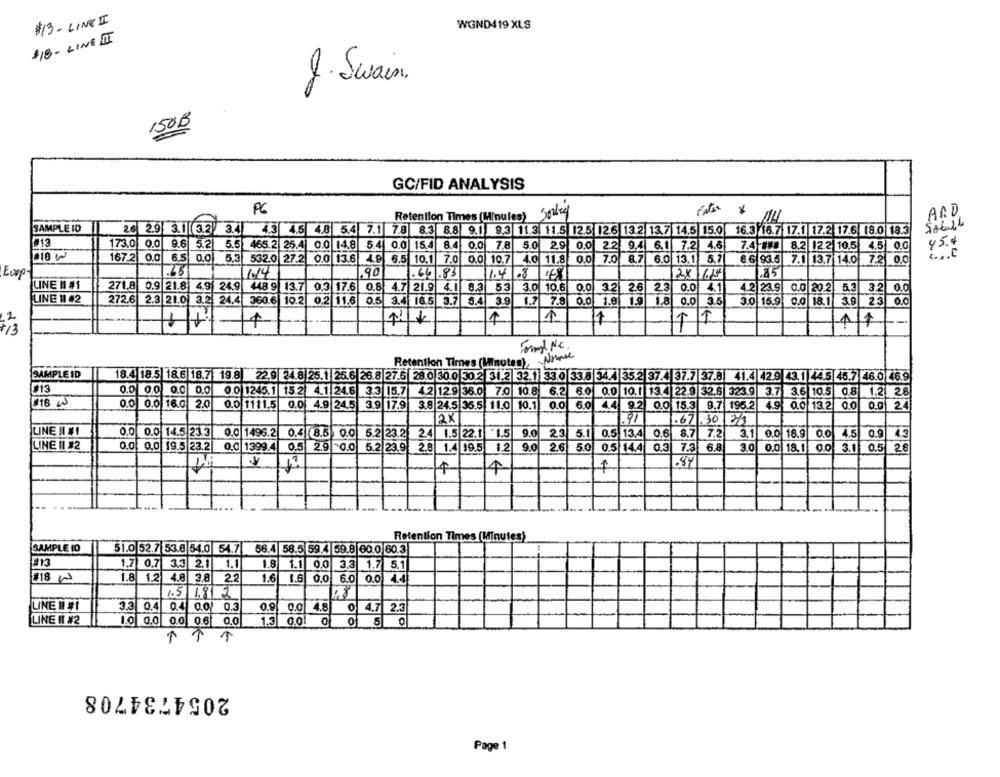
#13- LINE I
WGND419 XLS
$18- LINE II
2. Swain.
150B
GC/FID ANALYSIS
PG
Retention Times (Minules)
AND
SAMPLE ID
26 2.9 3.1 3.2
3.4
4.3 4.5 4.8 5.4 7.1 7.8 8.3 8.8 9.1 9.3 11.3. 11.5 12.5 |2.6 13.2 13.7 14.5 15.0 16.3 16.7 17.1|17.2 17.6 18.0 18.3
1ª13
173.0 0.0
9.6 5.2
5.5 465.2 25.4 0.0 14.8
5.4 0.0
154
8.4 0.0 7.8 5.0
2,9 0.0 22 9.4 6.1 7.2 4.6
7.4 ### 8.2 122 10.5 4.5 0.0
45.4
#10 W
". . . C
167.2 0.0
6.5
0.0
5.3
532.0 27.2 0.0 13.6 4.9 6.5 10.1
7.0
0.0 10.7
4.0 11.8 0.0 7.0 8.7 6.0 13.1 5.7
8.6 93.5 7.1 13.7 14.0 7.2 0.0
1.4/8 6
.85
Eurp-
90 .66.83
2X 1627
LINE B #1
271.8 0.9 21.8 4.9 24.9
448 9 13.7
0.3 17.6
0.8
4.7 21.9
4.1
8.3
53
3.0 10.6
0.0
3.2
2.6
2.3 0.0
4.1
4.2 23.9
0.0 20.2
5.3
3.2 0.0
LINE 11 #2
272.6 2.3 21.0 3.2 24.4
360.6 10.2 0.2 11.6
0.5
3.4
16.5 3.7
3.9
1.7
7.9
0.0 1.9
1.9
1.8
0.0
3.5
3.0 15.9 0.0 18.1
3.9
23 0.0
1
11
11
-
11
1
1/1
Formal Ne.
Retention Times (Minutes), Arme
SAMPLE ID
18.4 18.5 18.6 18.7 19.8 22.9 24.8 25.1 25.6 26.8 27.5 28.0 30.0 30.2 31.2 32.1 33.0 33.8 34.4 35.2 37.4 37.7 37.8. 41.4 42.9 43.1 44.5 45.7 46.0 46.9
#13
0.0 00
0.0 0.0
0.0 1245.1 15.2 4.1 24.6 3.3 15.7 42 12.9 36.0 7.0 10.8 6.2 6.0 0.0 10.1 13.4 22.9 32.6 323.9
3.7 3.6 10.5 0.8 1.2 28
[18 w
0.0 0.0 16.0 2.0
0.0 1111.5
4.9 0.0 13.2 0.0
0.01 24
0.0 4.9 24.5 3.9 17.9 3.8 24.5 35.5 11.0 10.1 0.0 6.0 4.4 9.2 0.0 15.3 9.7 195.2
2X
.91
.67 .30 2/3
LINE NICK!
0.0 0.0 14.5 23. 3
0.0 1496.2
0.4 8.5 0.0 5.2 23.2
2.4 1.5 22.1 1.5
9.0
231
5.1
0.5 13.4
0.6
8.7
7.2
3.1 0.0 18.9 0.0 4.5
0.9
43
LINE II #2
0.0. 0.0 19.5 23.2
0,0 1399.
0.5 2.9 0.0 5.2 23.9 2.8
1.4 99.5
12
9.01
2.6
50
0.5 14.4
03
7.3 6.8
3.0
0.0 18.1 0.0. 3.1
0.5 26
.84
4
4
1
Retention Times (Minutes)
SAMPLE ID
51.0 52.7 53.6 54.0 54.7
56.4 58.5 59.4 59.8 60.0 60.3
1.7 0.7 3.3 2.1 1.1
1.8 1.1 0.0 3.3 1.7 5.1
#18
1.8 1.2 4.0 3.8
2.2
1.6
1.6 0.0
6.0 0.0 4.4
1.5 18 2
LINE DI #1
3.3 0.4
0.4 0.0 0.3
0.9. 0.0
4.8
0
4.7 2.3
LINE HI #2
1.0 0.0 0.0 0.6 0.0
1.3 0.0 0 0 5 0
2054734708
Page 1